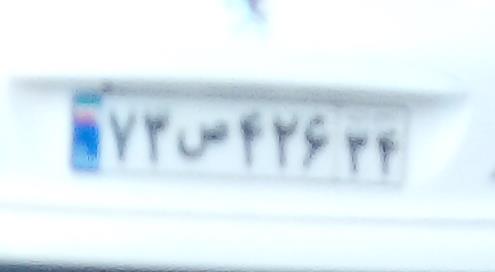
۷۳ص۴۲۶۳۴